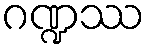
ဂဏ္ဍဿ